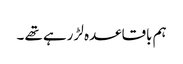
ہم باقاعدہ لڑ رہے تھے ۔